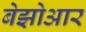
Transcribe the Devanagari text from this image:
बेझोआर